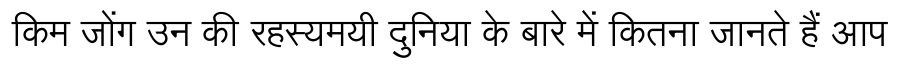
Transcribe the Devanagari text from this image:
किम जोंग उन की रहस्यमयी दुनिया के बारे में कितना जानते हैं आप